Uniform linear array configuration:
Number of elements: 16
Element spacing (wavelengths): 0.25
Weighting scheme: cosine
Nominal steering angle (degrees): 15
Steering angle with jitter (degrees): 14.217
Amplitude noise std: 0.05
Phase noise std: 0.05

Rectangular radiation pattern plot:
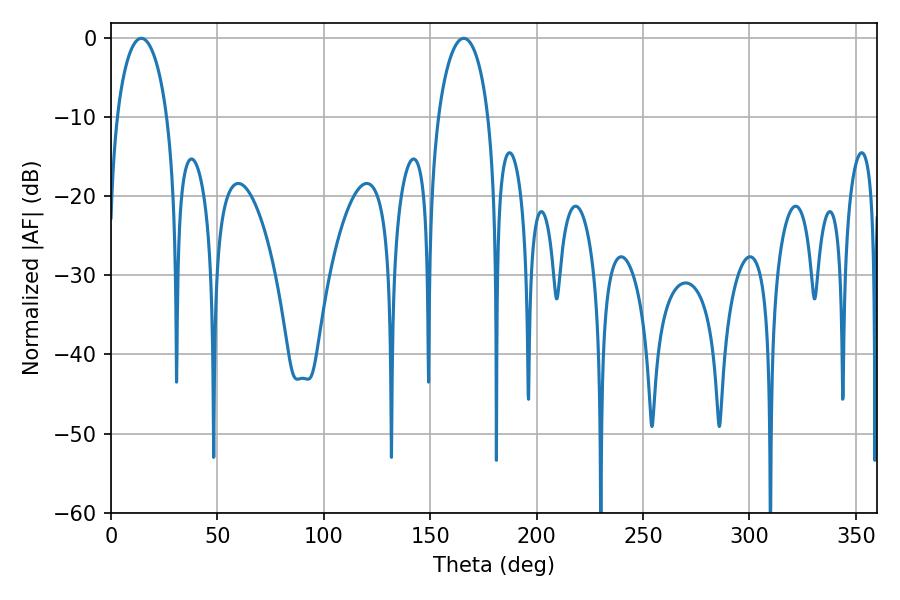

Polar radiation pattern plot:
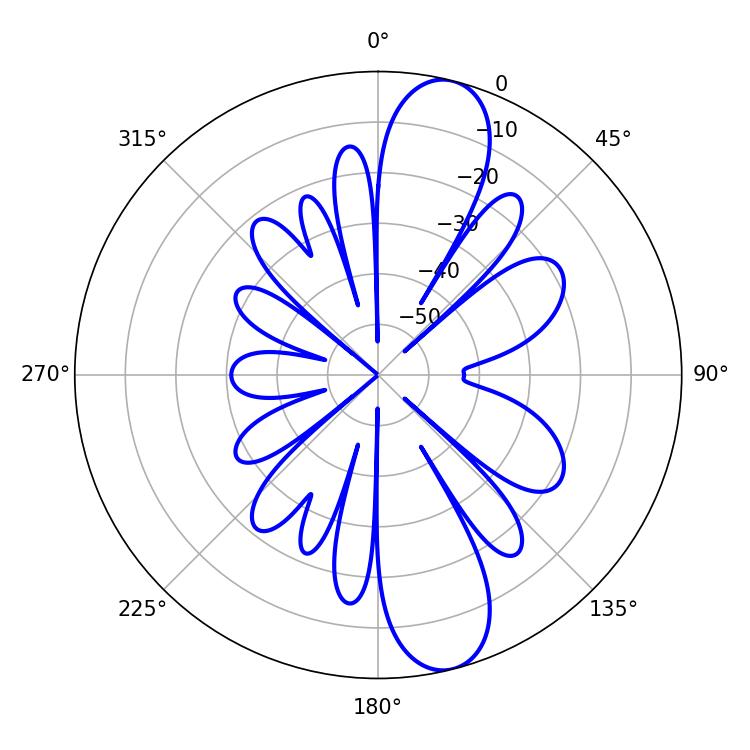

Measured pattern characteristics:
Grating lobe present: FALSE
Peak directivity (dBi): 11.88
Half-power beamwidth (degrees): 13.5
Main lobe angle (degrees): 14.22